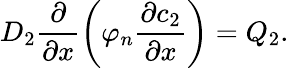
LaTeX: D_{2}\frac{\partial}{\partial x}\left(\varphi_{n}\frac{\partial c_{2}}{\partial x}\right)=Q_{2}.